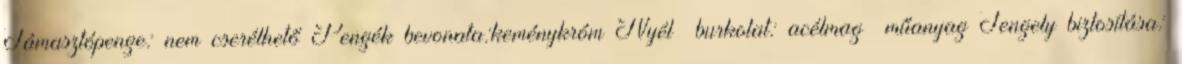
Támasztópenge: nem cserélhető Pengék bevonata:keménykróm Nyél burkolat: acélmag műanyag Tengely biztosítása: